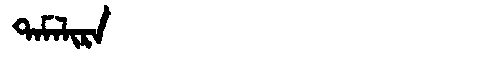
Manchu: ᡨᠠᠮᠠᠯᡳᡵᠠ
Romanization: TAMALIRA